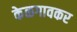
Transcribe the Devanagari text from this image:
केळगावकर